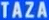
TAZA